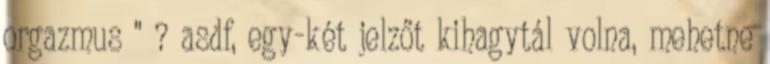
orgazmus " ? asdf, egy-két jelzőt kihagytál volna, mehetne